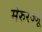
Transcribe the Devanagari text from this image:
मेरुरज्जू